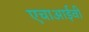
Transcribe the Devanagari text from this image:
एचाआईवी